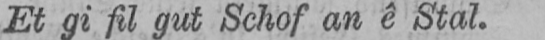
Et gi fil gut Schof an ê Stal.